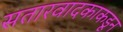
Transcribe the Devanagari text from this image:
सतारवादकाकडून